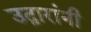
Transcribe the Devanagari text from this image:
उद्गारांनी